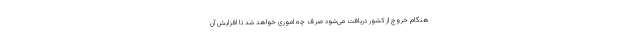
هنگام خروج از کشور دریافت می‌شود صرف چه اموری خواهد شد تا افزایش آن